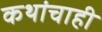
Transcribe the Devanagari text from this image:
कथांचाही